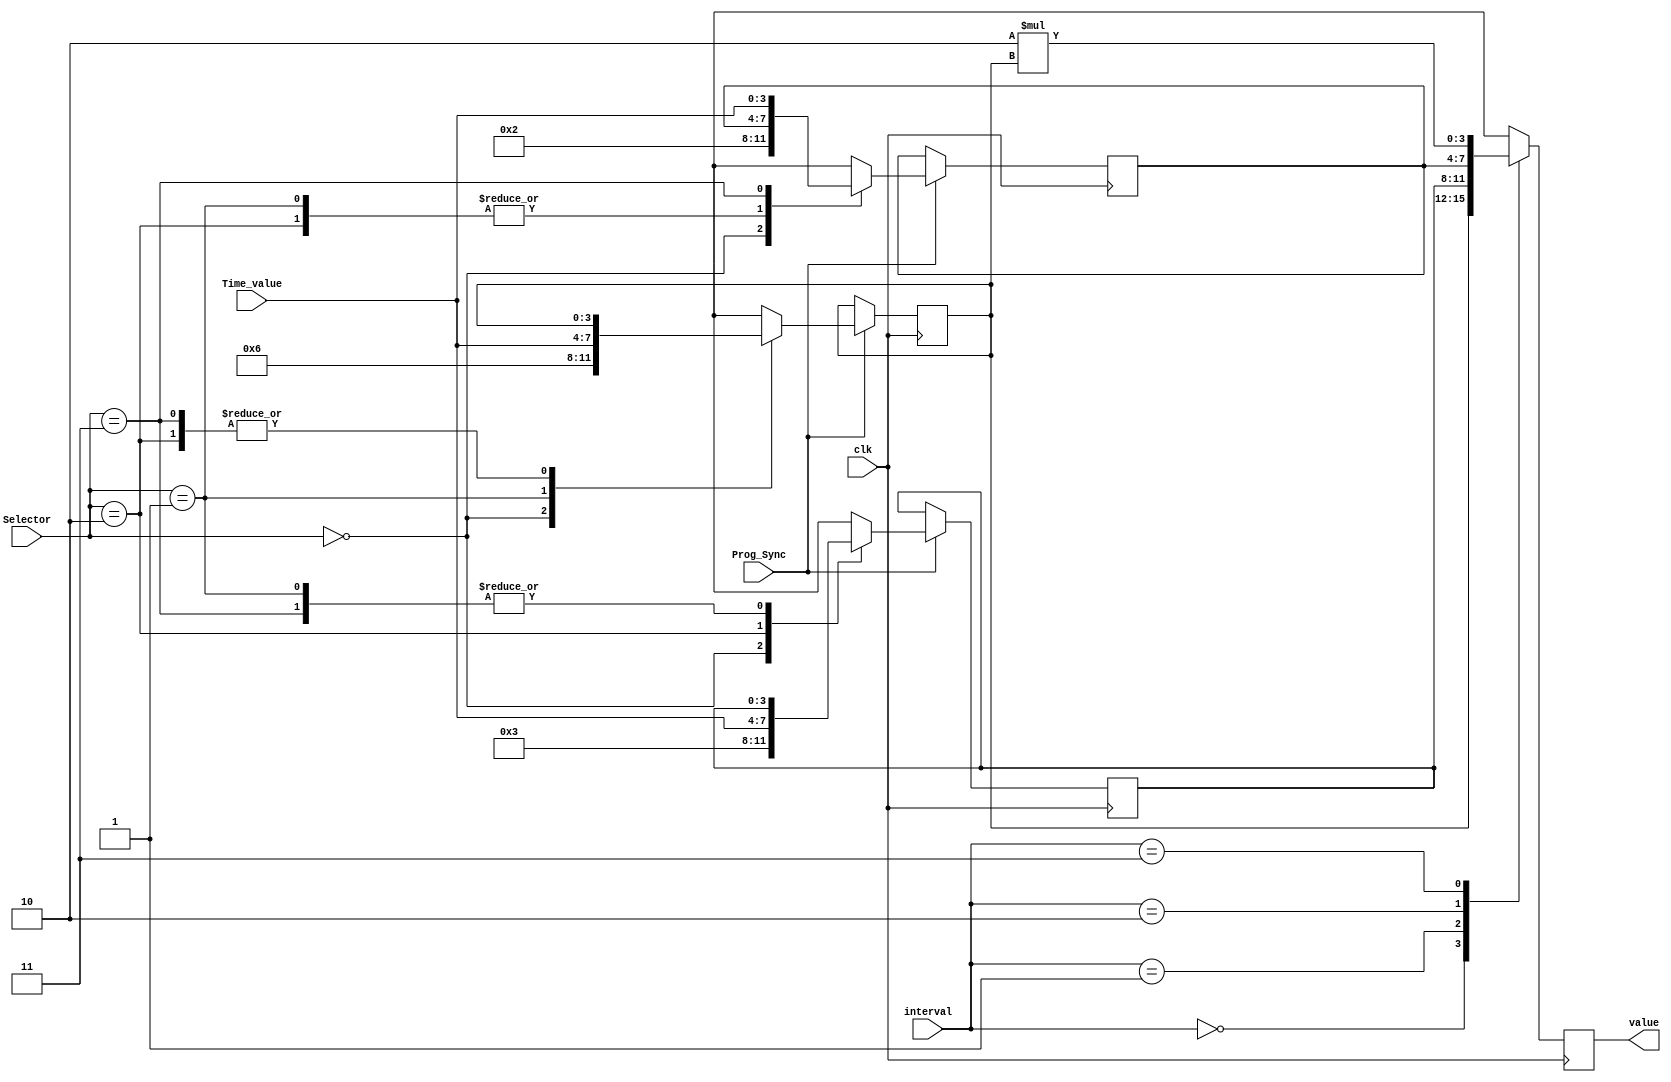
`timescale 1ns / 1ps
//////////////////////////////////////////////////////////////////////////////////
// Company: 
// Engineer: 
// 
// Design Name: 
// Module Name:    TimeParameter 
// Project Name: 
// Target Devices: 
// Tool versions: 
// Description: 
//
// Dependencies: 
//
// Revision: 
// Revision 0.01 - File Created
// Additional Comments: 
//
//////////////////////////////////////////////////////////////////////////////////
 module TimeParameter(
    input [1:0] Selector,
    input [3:0] Time_value,
    input Prog_Sync,
	 input [1:0] interval,
	 input clk,
    output reg [3:0] value
    );
	 
	 reg[3:0] tb = 4'b0110, // interval value = 00
				 te = 4'b0011, // interval value = 01
				 ty = 4'b0010; // interval value = 10
	     
						 
	always@(posedge clk) begin
	
	case (interval)
		
		2'b00: value = tb;
		2'b01: value = te;
		2'b10: value = ty;
		2'b11: value = 2*tb;
	
	endcase
	// Times resets when the selector input is 00. Otherwise the values 
	// on the time_value input are assigned to the tb, te, ty respectively.
	// Since register stores the values selected values will be saved untill selector becomes 00.
	if (Prog_Sync) begin
		case (Selector) 
			2'b00: begin
						tb = 4'b0110; // interval value = 00
						te = 4'b0011; // interval value = 01
						ty = 4'b0010; // interval value = 10
					 end
			2'b01: tb = Time_value;
			2'b10: te = Time_value;
			2'b11: ty = Time_value;
		endcase
	end
		
	end

	

endmodule